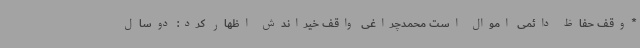
*وقف حفاظ دائمی اموال است محمدچراغی واقف خیراندش اظهار کرد: دوسال